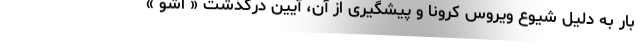
بار به دلیل شیوع ویروس کرونا و پیشگیری از آن، آیین درگذشت « اَشو »